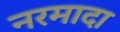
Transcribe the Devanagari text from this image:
नरमादा